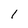
Character: l